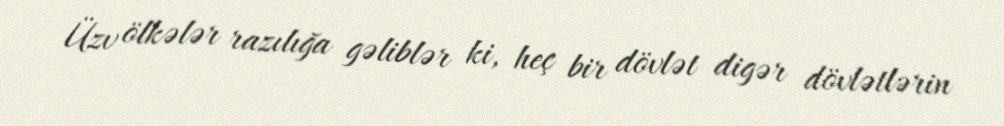
Üzv ölkələr razılığa gəliblər ki, heç bir dövlət digər dövlətlərin